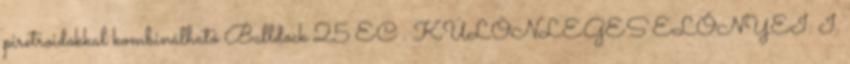
piretroidokkal kombinálható Bulldock 25 EC . KÜLÖNLEGES ELŐNYEI: I.